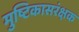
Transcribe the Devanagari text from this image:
मुष्टिकासरंक्षक